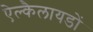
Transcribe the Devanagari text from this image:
ऐल्कैलायडों